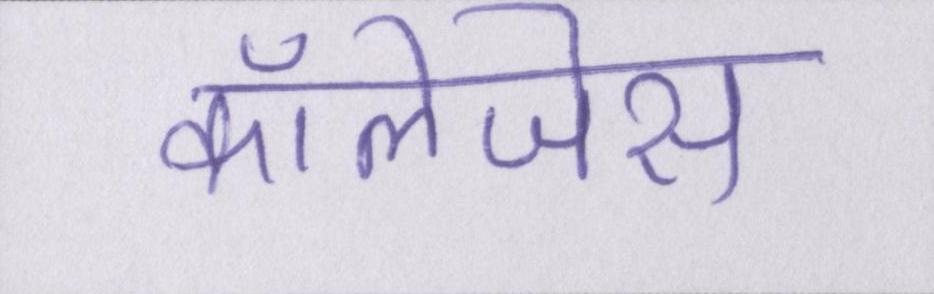
कॉलेजेस